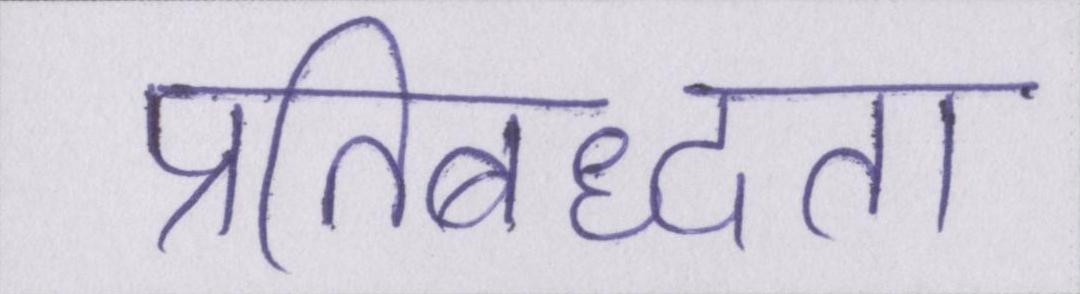
प्रतिबध्दता